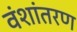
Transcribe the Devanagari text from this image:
वंशांतरण